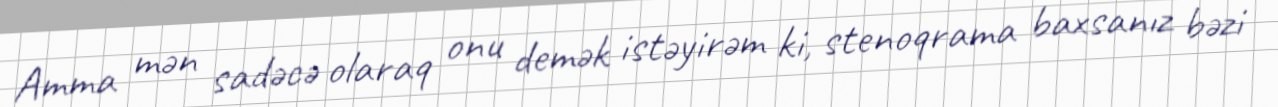
Amma mən sadəcə olaraq onu demək istəyirəm ki, stenoqrama baxsanız bəzi